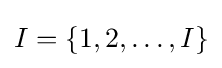
I=\{1,2,\ldots ,I\}